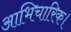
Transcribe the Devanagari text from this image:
आभिचारिक।